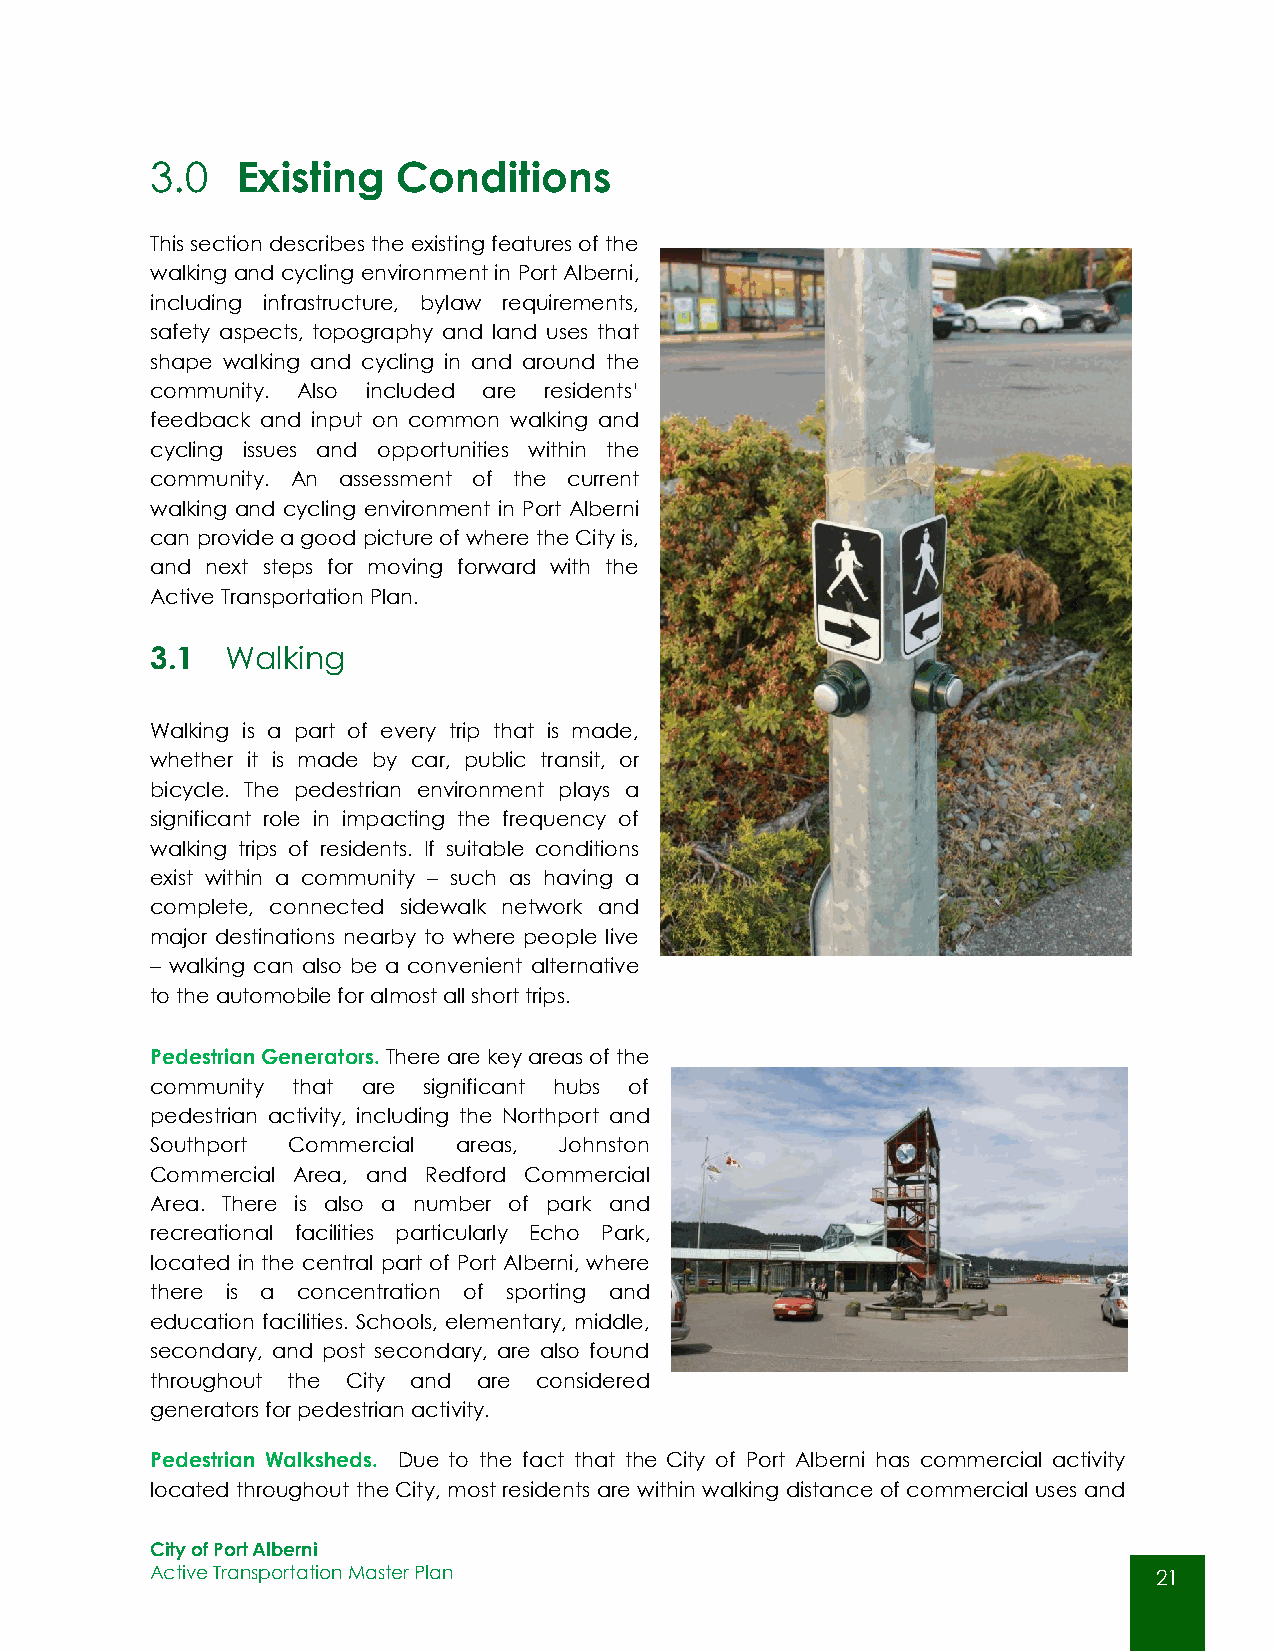
3.0   Existing  Conditions
 This section describes the existing features of the
 walking and cycling environment in Port Alberni,
 including infrastructure, bylaw requirements,
 safety aspects, topography and land uses that
 shape walking and cycling in and around the
 community. Also included are residents’
 feedback and input on common walking and
 cycling issues and opportunities within the
 community. An assessment of the current
 walking and cycling environment in Port Alberni
 can provide a good picture of where the City is,
 and next steps for moving forward with the
 Active Transportation Plan.
 3.1  Walking
 Walking is a part of every trip that is made,
 whether it is made by car, public transit, or
 bicycle. The pedestrian environment plays a
 significant role in impacting the frequency of
 walking trips of residents. If suitable conditions
 exist within a community – such as having a
 complete, connected sidewalk network and
 major destinations nearby to where people live
 – walking can also be a convenient alternative
 to the automobile for almost all short trips.
 Pedestrian Generators. There are key areas of the
 community that are significant hubs of
 pedestrian activity, including the Northport and
 Southport Commercial areas, Johnston
 Commercial Area, and Redford Commercial
 Area. There is also a number of park and
 recreational facilities particularly Echo Park,
 located in the central part of Port Alberni, where
 there is a concentration of sporting and
 education facilities. Schools, elementary, middle,
 secondary, and post secondary, are also found
 throughout the City and are considered
 generators for pedestrian activity.
 Pedestrian Walksheds. Due to the fact that the City of Port Alberni has commercial activity
 located throughout the City, most residents are within walking distance of commercial uses and
 City of Port Alberni
 Active Transportation Master Plan                                  21
 21